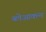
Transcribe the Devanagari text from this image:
ब्लेआक्त्न